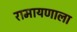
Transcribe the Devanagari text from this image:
रामायणाला